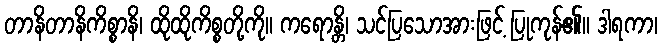
တာနိတာနိကိစ္စာနိ၊ ထိုထိုကိစ္စတို့ကို။ ကရောန္တိ၊ သင်ပြသောအားဖြင့် ပြုကုန်၏။ ဒါရကာ၊